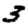
Digit: 3